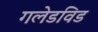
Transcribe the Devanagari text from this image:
गलेडविड